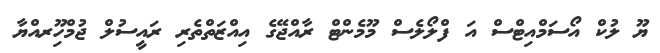
ޔޫ ލުކް އޯސަމްއިޓްސް އަ ފްލޯލެސް މޫމެންޓް ރާއްޖޭގެ އިއްޒަތްތެރި ރައީސުލް ޖުމްހޫިރއްޔާ